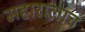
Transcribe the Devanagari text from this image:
महारालाच